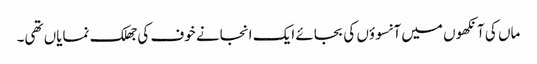
ماں کی آنکھوں میں آنسوؤں کی بجائے ایک انجانے خوف کی جھلک نمایاں تھی۔